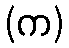
(က)